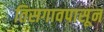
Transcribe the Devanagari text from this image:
तिसगावपासून